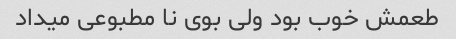
طعمش خوب بود ولی بوی نا مطبوعی میداد